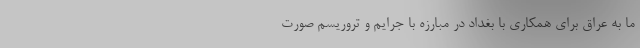
ما به عراق برای همکاری با بغداد در مبارزه با جرایم و تروریسم صورت